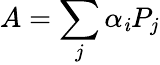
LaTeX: A=\sum_{j}\alpha_{\mathit{i}}P_{j}